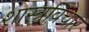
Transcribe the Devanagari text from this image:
शास्त्रविचार